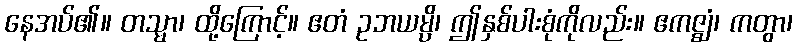
နေအပ်၏။ တသ္မာ၊ ထို့ကြောင့်။ ဧတံ ဥဘယမ္ပိ၊ ဤနှစ်ပါးစုံကိုလည်း။ ဧကဇ္ဈံ၊ ကတွာ၊